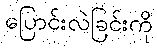
ပြောင်းလဲခြင်းကို